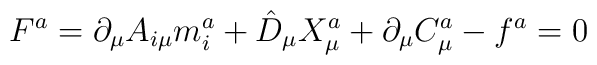
F^a=\partial _\mu A_{i\mu }m_i^a+\hat{D}_\mu X_\mu ^a+\partial _\mu C_\mu^a-f^a=0